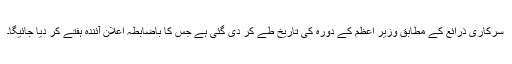
سرکاری ذرائع کے مطابق وزیر اعظم کے دورہ کی تاریخ طے کر دی گئی ہے جس کا باضابطہ اعلان آئندہ ہفتے کر دیا جائیگا۔